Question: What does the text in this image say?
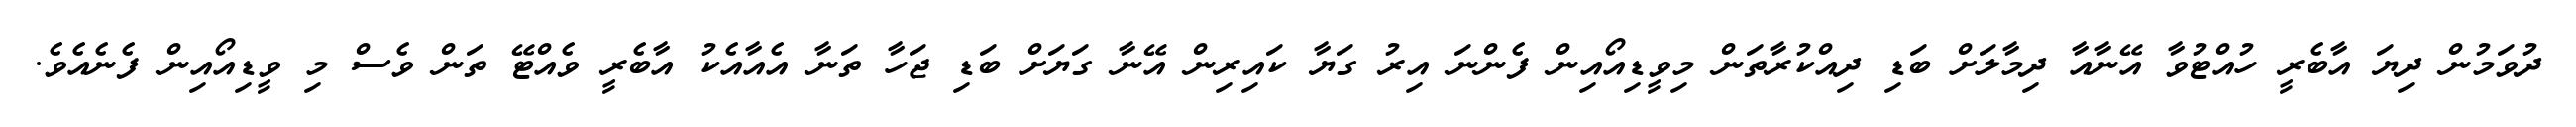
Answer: ދުވަމުން ދިޔަ އާބެރީ ހުއްޓުވާ އޭނާއާ ދިމާލަށް ބަޑި ދިއްކުރާތަން މިވީޑިއޯއިން ފެންނަ އިރު ގަޔާ ކައިރިން އޭނާ ގަޔަށް ބަޑި ޖަހާ ތަނާ އެއާއެކު އާބެރީ ވެއްޓޭ ތަން ވެސް މި ވީޑިއޯއިން ފެނެއެވެ.